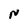
Character: N